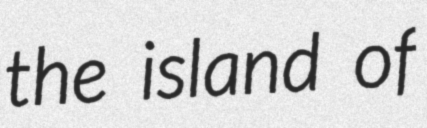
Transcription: the island of